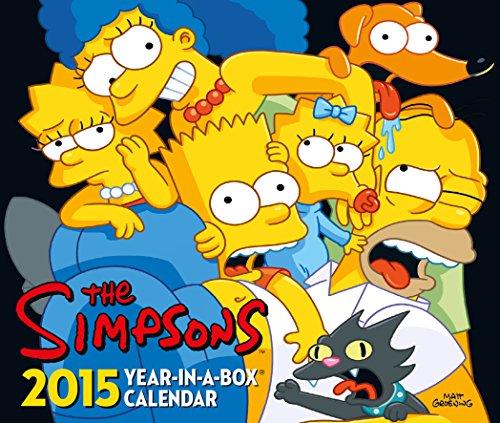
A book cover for Official the Simpsons Desk Block Calendar 2015; Calendars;